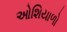
ઓશિયાળો